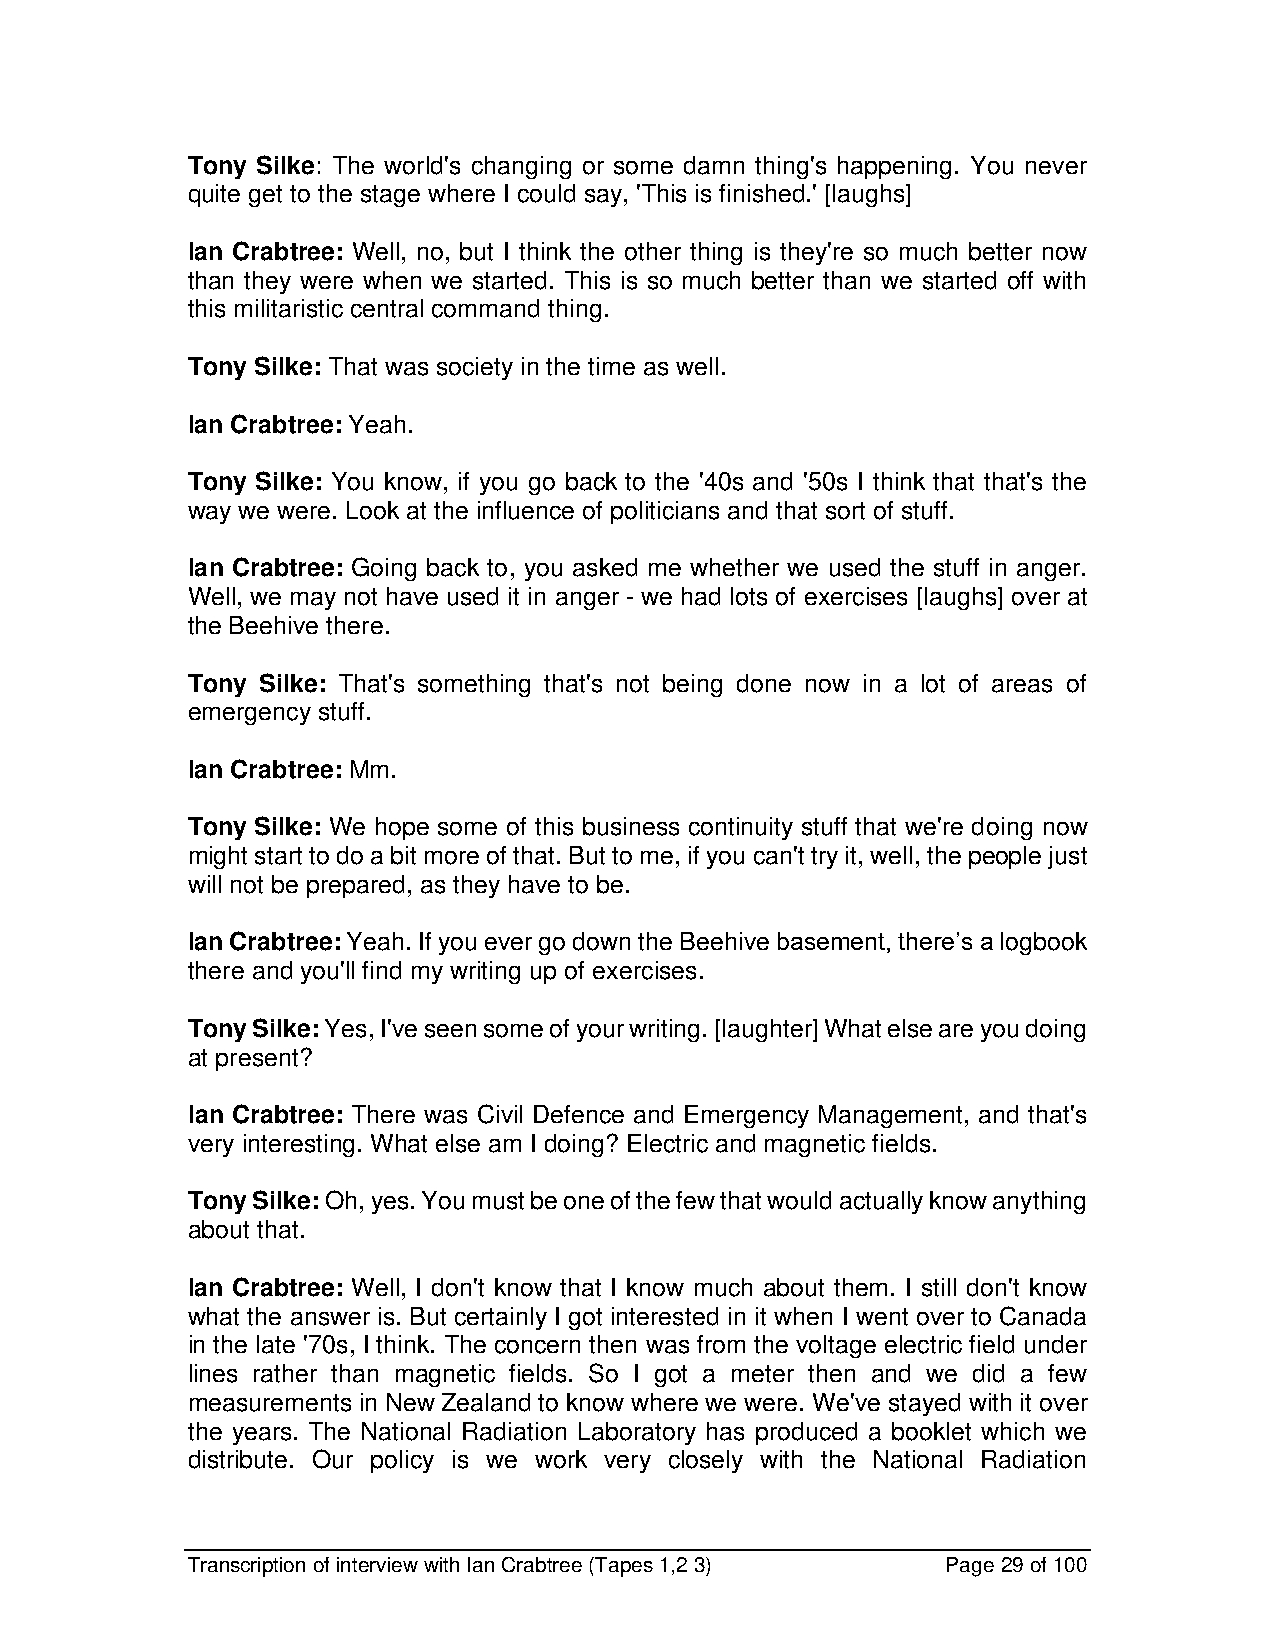
Tony Silke: The world's changing or some damn thing's happening. You never
 quite get to the stage where I could say, 'This is finished.' [laughs]
 Ian Crabtree: Well, no, but I think the other thing is they're so much better now
 than they were when we started. This is so much better than we started off with
 this militaristic central command thing.
 Tony Silke: That was society in the time as well.
 Ian Crabtree: Yeah.
 Tony Silke: You know, if you go back to the '40s and '50s I think that that's the
 way we were. Look at the influence of politicians and that sort of stuff.
 Ian Crabtree: Going back to, you asked me whether we used the stuff in anger.
 Well, we may not have used it in anger - we had lots of exercises [laughs] over at
 the Beehive there.
 Tony Silke: That's something that's not being done now in a lot of areas of
 emergency stuff.
 Ian Crabtree: Mm.
 Tony Silke: We hope some of this business continuity stuff that we're doing now
 might start to do a bit more of that. But to me, if you can't try it, well, the people just
 will not be prepared, as they have to be.
 Ian Crabtree: Yeah. If you ever go down the Beehive basement, there’s a logbook
 there and you'll find my writing up of exercises.
 Tony Silke: Yes, I've seen some of your writing. [laughter] What else are you doing
 at present?
 Ian Crabtree: There was Civil Defence and Emergency Management, and that's
 very interesting. What else am I doing? Electric and magnetic fields.
 Tony Silke: Oh, yes. You must be one of the few that would actually know anything
 about that.
 Ian Crabtree: Well, I don't know that I know much about them. I still don't know
 what the answer is. But certainly I got interested in it when I went over to Canada
 in the late '70s, I think. The concern then was from the voltage electric field under
 lines rather than magnetic fields. So I got a meter then and we did a few
 measurements in New Zealand to know where we were. We've stayed with it over
 the years. The National Radiation Laboratory has produced a booklet which we
 distribute. Our policy is we work very closely with the National Radiation
 Transcription of interview with Ian Crabtree (Tapes 1,2 3) Page 29 of 100